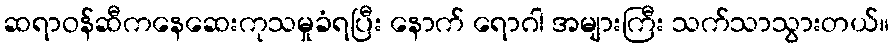
ဆရာဝန်ဆီကနေဆေးကုသမှုခံရပြီး နောက် ရောဂါ အများကြီး သက်သာသွားတယ်။